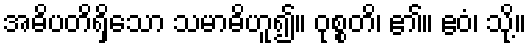
အဓိပတိရှိသော သမာဓိဟူ၍။ ဝုစ္စတိ၊ ၏။ ဧဝံ၊ သို့။